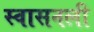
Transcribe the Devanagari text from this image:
स्वासनली